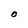
Character: O